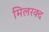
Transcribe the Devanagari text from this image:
मिलरक्द